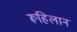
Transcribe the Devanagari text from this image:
रूहिलान